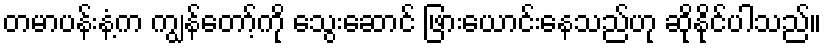
တမာပန်းနံ့က ကျွန်တော့်ကို သွေးဆောင် ဖြားယောင်းနေသည်ဟု ဆိုနိုင်ပါသည်။